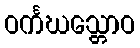
ဝင်္ကဃသ္တောဝ